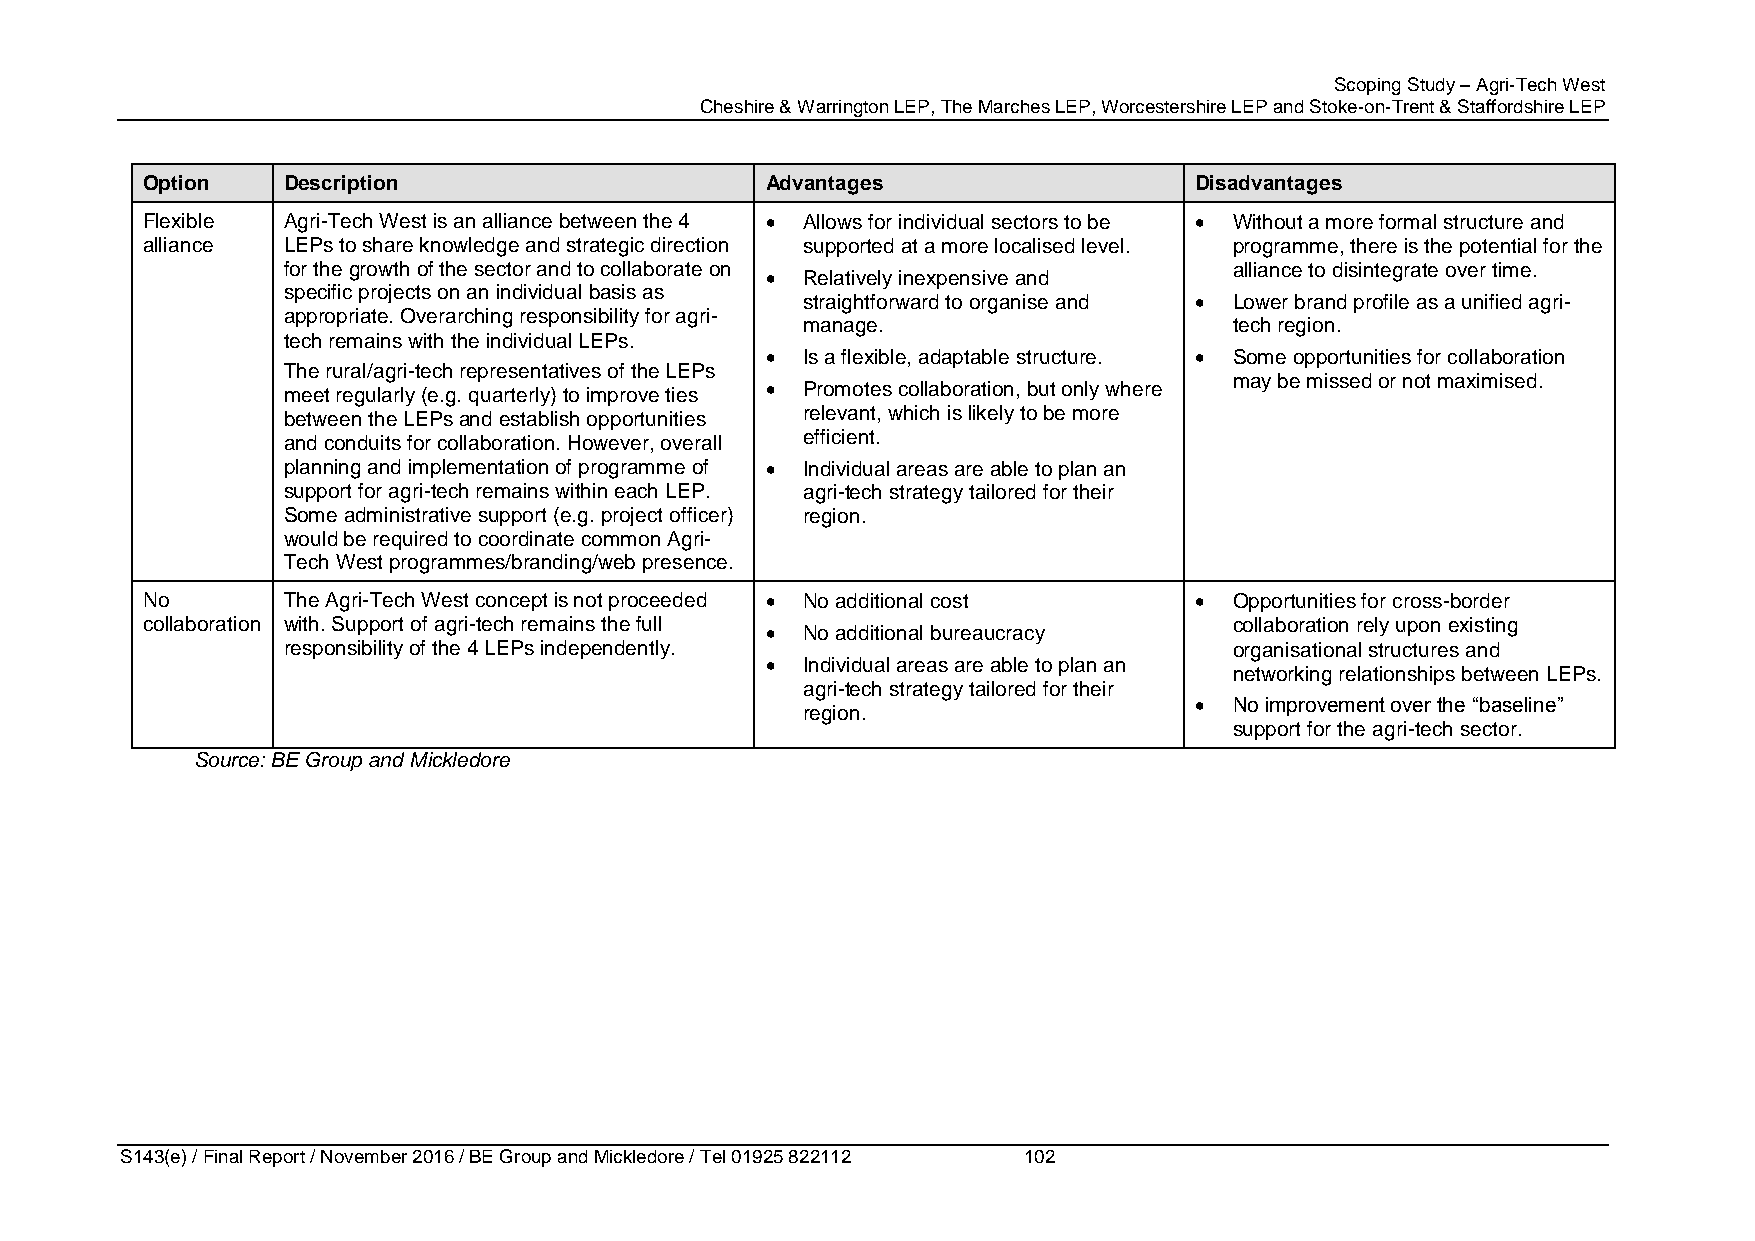
Scoping Study – Agri-Tech West
 Cheshire & Warrington LEP, The Marches LEP, Worcestershire LEP and Stoke-on-Trent & Staffordshire LEP
 Option    Description                     Advantages                  Disadvantages
 Flexible  Agri-Tech West is an alliance between the 4  Allows for individual sectors to be  Without a more formal structure and
 alliance  LEPs to share knowledge and strategic direction supported at a more localised level. programme, there is the potential for the
 for the growth of the sector and to collaborate on             alliance to disintegrate over time.
  Relatively inexpensive and
 specific projects on an individual basis as
 straightforward to organise and  Lower brand profile as a unified agri-
 appropriate. Overarching responsibility for agri-
 manage.                      tech region.
 tech remains with the individual LEPs.
  Is a flexible, adaptable structure.  Some opportunities for collaboration
 The rural/agri-tech representatives of the LEPs
 may be missed or not maximised.
 meet regularly (e.g. quarterly) to improve ties  Promotes collaboration, but only where
 between the LEPs and establish opportunities relevant, which is likely to be more
 and conduits for collaboration. However, overall efficient.
 planning and implementation of programme of  Individual areas are able to plan an
 support for agri-tech remains within each LEP. agri-tech strategy tailored for their
 Some administrative support (e.g. project officer) region.
 would be required to coordinate common Agri-
 Tech West programmes/branding/web presence.
 No        The Agri-Tech West concept is not proceeded  No additional cost  Opportunities for cross-border
 collaboration with. Support of agri-tech remains the full                collaboration rely upon existing
  No additional bureaucracy
 responsibility of the 4 LEPs independently.                    organisational structures and
  Individual areas are able to plan an
 networking relationships between LEPs.
 agri-tech strategy tailored for their
   No improvement over the “baseline”
 region.
 support for the agri-tech sector.
 Source: BE Group and Mickledore
 S143(e) / Final Report / November 2016 / BE Group and Mickledore / Tel 01925 822112 102